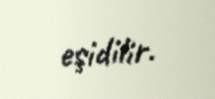
eşidilir.